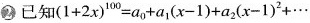
2 已知 $$( 1 + 2 x ) ^ { 1 0 0 } = a _ { 0 } + a _ { 1 } ( x - 1 ) + a _ { 2 } ( x - 1 ) ^ { 2 } + …